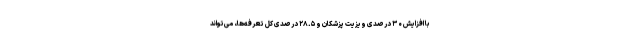
با افزایش ۳۰ درصدی ویزیت پزشکان و ۲۸.۵ درصدی کل تعرفه‌ها، می‌تواند